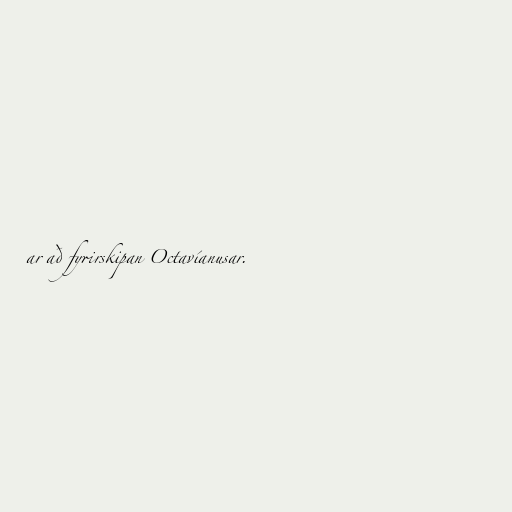
ar að fyrirskipan Octavíanusar.